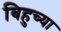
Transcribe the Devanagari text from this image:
बिहुच्या